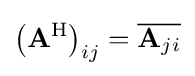
\left(\mathbf {A} ^{\mathrm {H} }\right)_{ij}={\overline {\mathbf {A} _{ji}}}